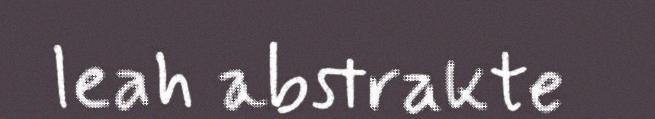
leah abstrakte